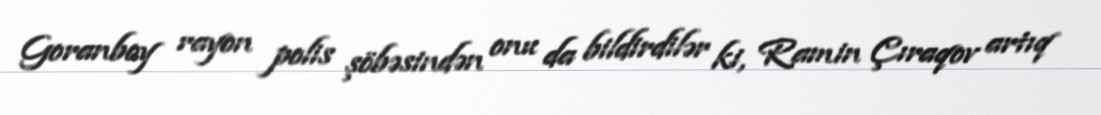
Goranboy rayon polis şöbəsindən onu da bildirdilər ki, Ramin Çıraqov artıq